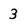
Character: 3